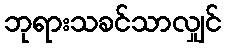
ဘုရားသခင်သာလျှင်